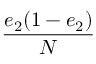
\displaystyle \frac { e _ { 2 } ( 1 - e _ { 2 } ) } { N }